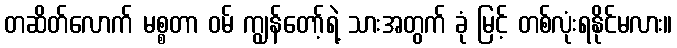
တဆိတ်လောက် မစ္စတာ ဝမ် ကျွန်တော့်ရဲ့ သားအတွက် ခုံ မြင့် တစ်လုံးရနိုင်မလား။